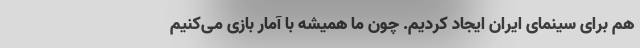
هم برای سینمای ایران ایجاد کردیم. چون ما همیشه با آمار بازی می‌کنیم